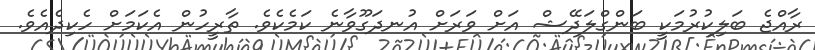
ރާއްޖެ ބަލިކުރުމަކީ ބަންގްލަދޭޝް އަށް ވަރަށް އުނދަގޫވާނެ ކަމެކެވެ. ތާރީހުން އެކަމަށް ހެކިދެއެވެ.